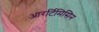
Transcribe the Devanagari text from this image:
आरर्टिमिसिन